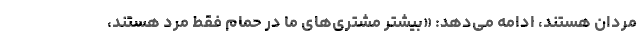
مردان هستند، ادامه می‌دهد: «بیشتر مشتری‌های ما در حمام فقط مرد هستند،